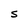
Character: S